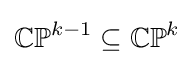
\mathbb {CP} ^{k-1}\subseteq \mathbb {CP} ^{k}